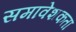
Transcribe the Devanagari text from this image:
समावेशकता